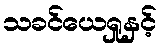
သခင်ယေရှုနှင့်